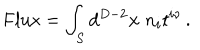
LaTeX: \mathrm { F l u x } = \int _ { S } d ^ { D - 2 } { \bf x } \; n _ { i } t ^ { i \nu } \, .